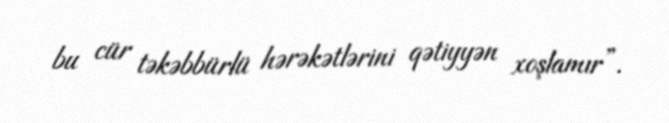
bu cür təkəbbürlü hərəkətlərini qətiyyən xoşlamır”.